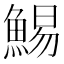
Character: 鯣